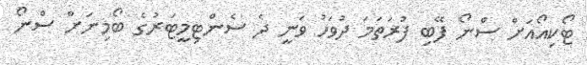
ޓޯކިއޯއަށް ސްނޯ ފޭބި ފުރަތަމަ ދުވަހު ވަނީ ދެ ސެންޓިމީޓަރުގެ ބޯމިނަށް ސްނޯ